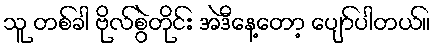
သူ တစ်ခါ ဗိုလ်စွဲတိုင်း အဲဒီနေ့တော့ ပျော်ပါတယ်။